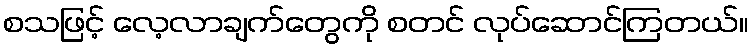
စသဖြင့် လေ့လာချက်တွေကို စတင် လုပ်ဆောင်ကြတယ်။